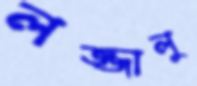
লজ্জালু